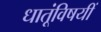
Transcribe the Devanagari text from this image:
धातूंविषयीं